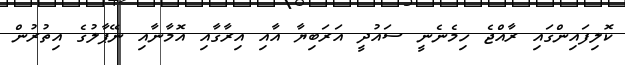
ކޮލިފައިންގައި ރާއްޖެ ހިމެނެނީ ސައުދީ އަރަބިޔާ އާއި އިރާގާއި އޮމާނާއި ނޭޕާލުގެ އިތުރުން